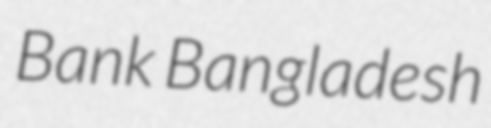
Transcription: Bank Bangladesh